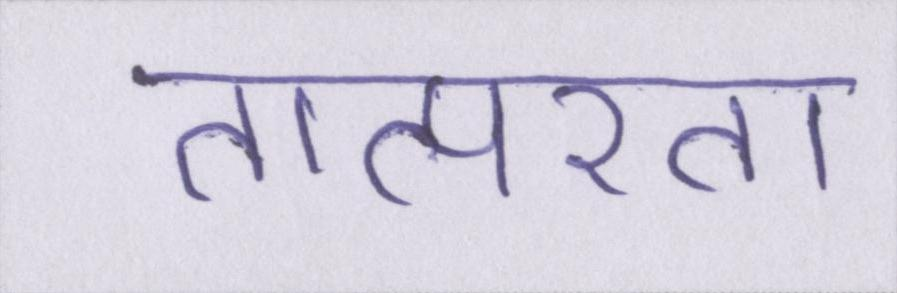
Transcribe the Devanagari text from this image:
तात्परता